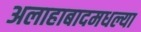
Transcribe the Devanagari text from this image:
अलाहाबादमधल्या